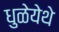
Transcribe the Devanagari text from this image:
धुळेयेथे